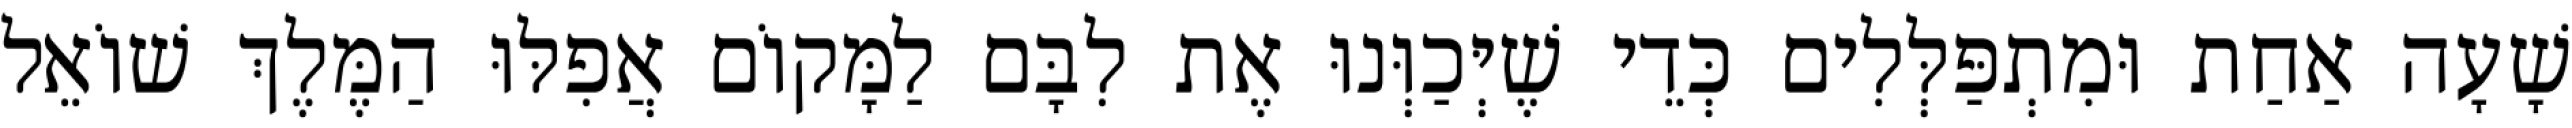
שָׁעָה אַחַת וּמִתְפַּלְּלִים כְּדֵי שֶׁיְּכַוְּנוּ אֶת לִבָּם לַמָּקוֹם אֲפִלּוּ הַמֶּלֶךְ שׁוֹאֵל